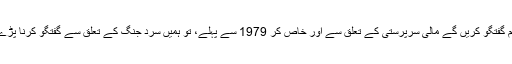
اگر ہم گفتگو کریں گے مالى سرپرستى کے تعلق سے اور خاص کر 1979 سے پہلے، تو ہمیں سرد جنگ کے تعلق سے گفتگو کرنا پڑے گى۔